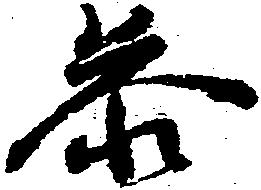
参